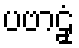
ပဗာဠှံ